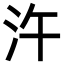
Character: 汻